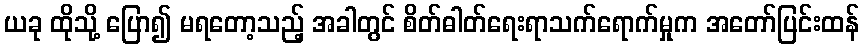
ယခု ထိုသို့ ပြော၍ မရတော့သည့် အခါတွင် စိတ်ဓါတ်ရေးရာသက်ရောက်မှုက အတော်ပြင်းထန်